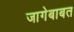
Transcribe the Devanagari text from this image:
जागेबाबत